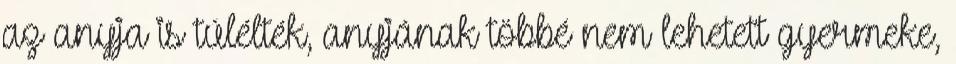
az anyja is túlélték, anyjának többé nem lehetett gyermeke,